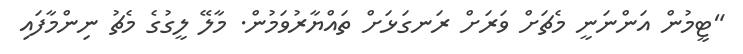
"ޓީމުން އަންނަނީ މެޗަށް ވަރަށް ރަނގަޅަށް ތައްޔާރުވަމުން. މާލޭ ލީގުގެ މެޗު ނިންމާފައި